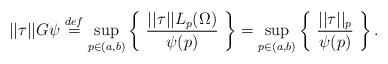
LaTeX: \begin{align*} ||\tau||G\psi \stackrel{def}{=} \sup_{p \in (a,b)} \left\{ \ \frac{||\tau||L_p(\Omega)}{\psi(p)} \ \right\} = \sup_{p \in (a,b)} \left\{ \ \frac{||\tau||_p}{\psi(p)} \ \right\}.\end{align*}